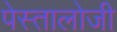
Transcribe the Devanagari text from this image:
पेस्तालोजी